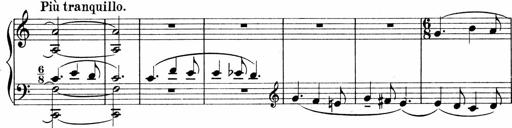
Title: Sonatina No.1
Composer: Otto Stoll
Key: C major